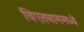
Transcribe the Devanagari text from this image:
विएतनाममध्ये